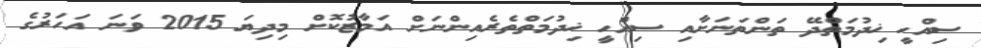
ސިއްހީ ޚިދުމަތްދޭ ތަންތަނަށާއި ސިއްހީ ޚިދުމަތްތެރެއިންނަށް އަމާޒުކޮށް މިދިޔަ 2015 ވަނަ އަހަރުގެ